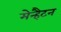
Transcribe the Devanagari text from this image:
मेन्हैटन